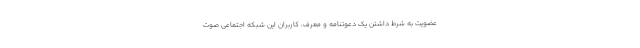
عضویت به شرط داشتن یک دعوتنامه و معرف، کاربران این شبکه اجتماعی صوت